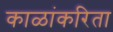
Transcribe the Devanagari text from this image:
काळांकरिता